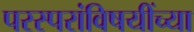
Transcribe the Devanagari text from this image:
परस्परांविषयींच्या